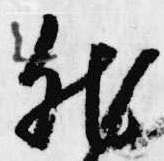
然